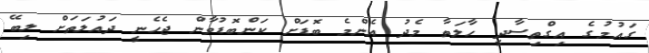
ގައުމުގެ އިގްތިސާދީ ހާލަތާ މެދު އެންމެ ބޮޑަށް ކަންބޮޑުވާން ޖެހެނީ ދައުލަތަށް ލިބޭ